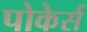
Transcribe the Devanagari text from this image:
पोकेर्स